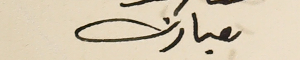
مبارك